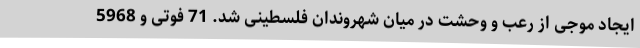
ایجاد موجی از رعب و وحشت در میان شهروندان فلسطینی شد. 71 فوتی و 5968